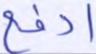
ادفع